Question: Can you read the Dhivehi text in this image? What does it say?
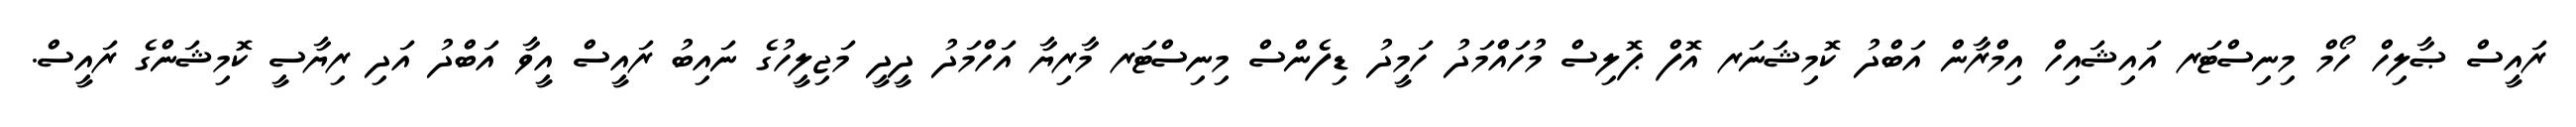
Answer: ރައީސް ޞާލިހް ހޯމް މިނިސްޓަރ އައިޝައިހް އިމްރާން އަބްދު ކޮމިޝަނަރ އޮފް ޕޮލިސް މުހައްމަދު ހަމީދު ޑިފެންސް މިނިސްޓަރ މާރިޔާ އަހްމަދު ދީދީ މަޖިލީހުގެ ނައިބު ރައީސް އީވާ އަބްދު އަދި ރިޔާސީ ކޮމިޝަންގެ ރައީސް.